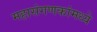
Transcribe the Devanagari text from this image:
महासंगणकांमध्ये